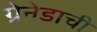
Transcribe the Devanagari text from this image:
ग्रेनेडाची